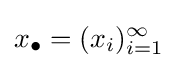
x_{\bullet }=(x_{i})_{i=1}^{\infty }